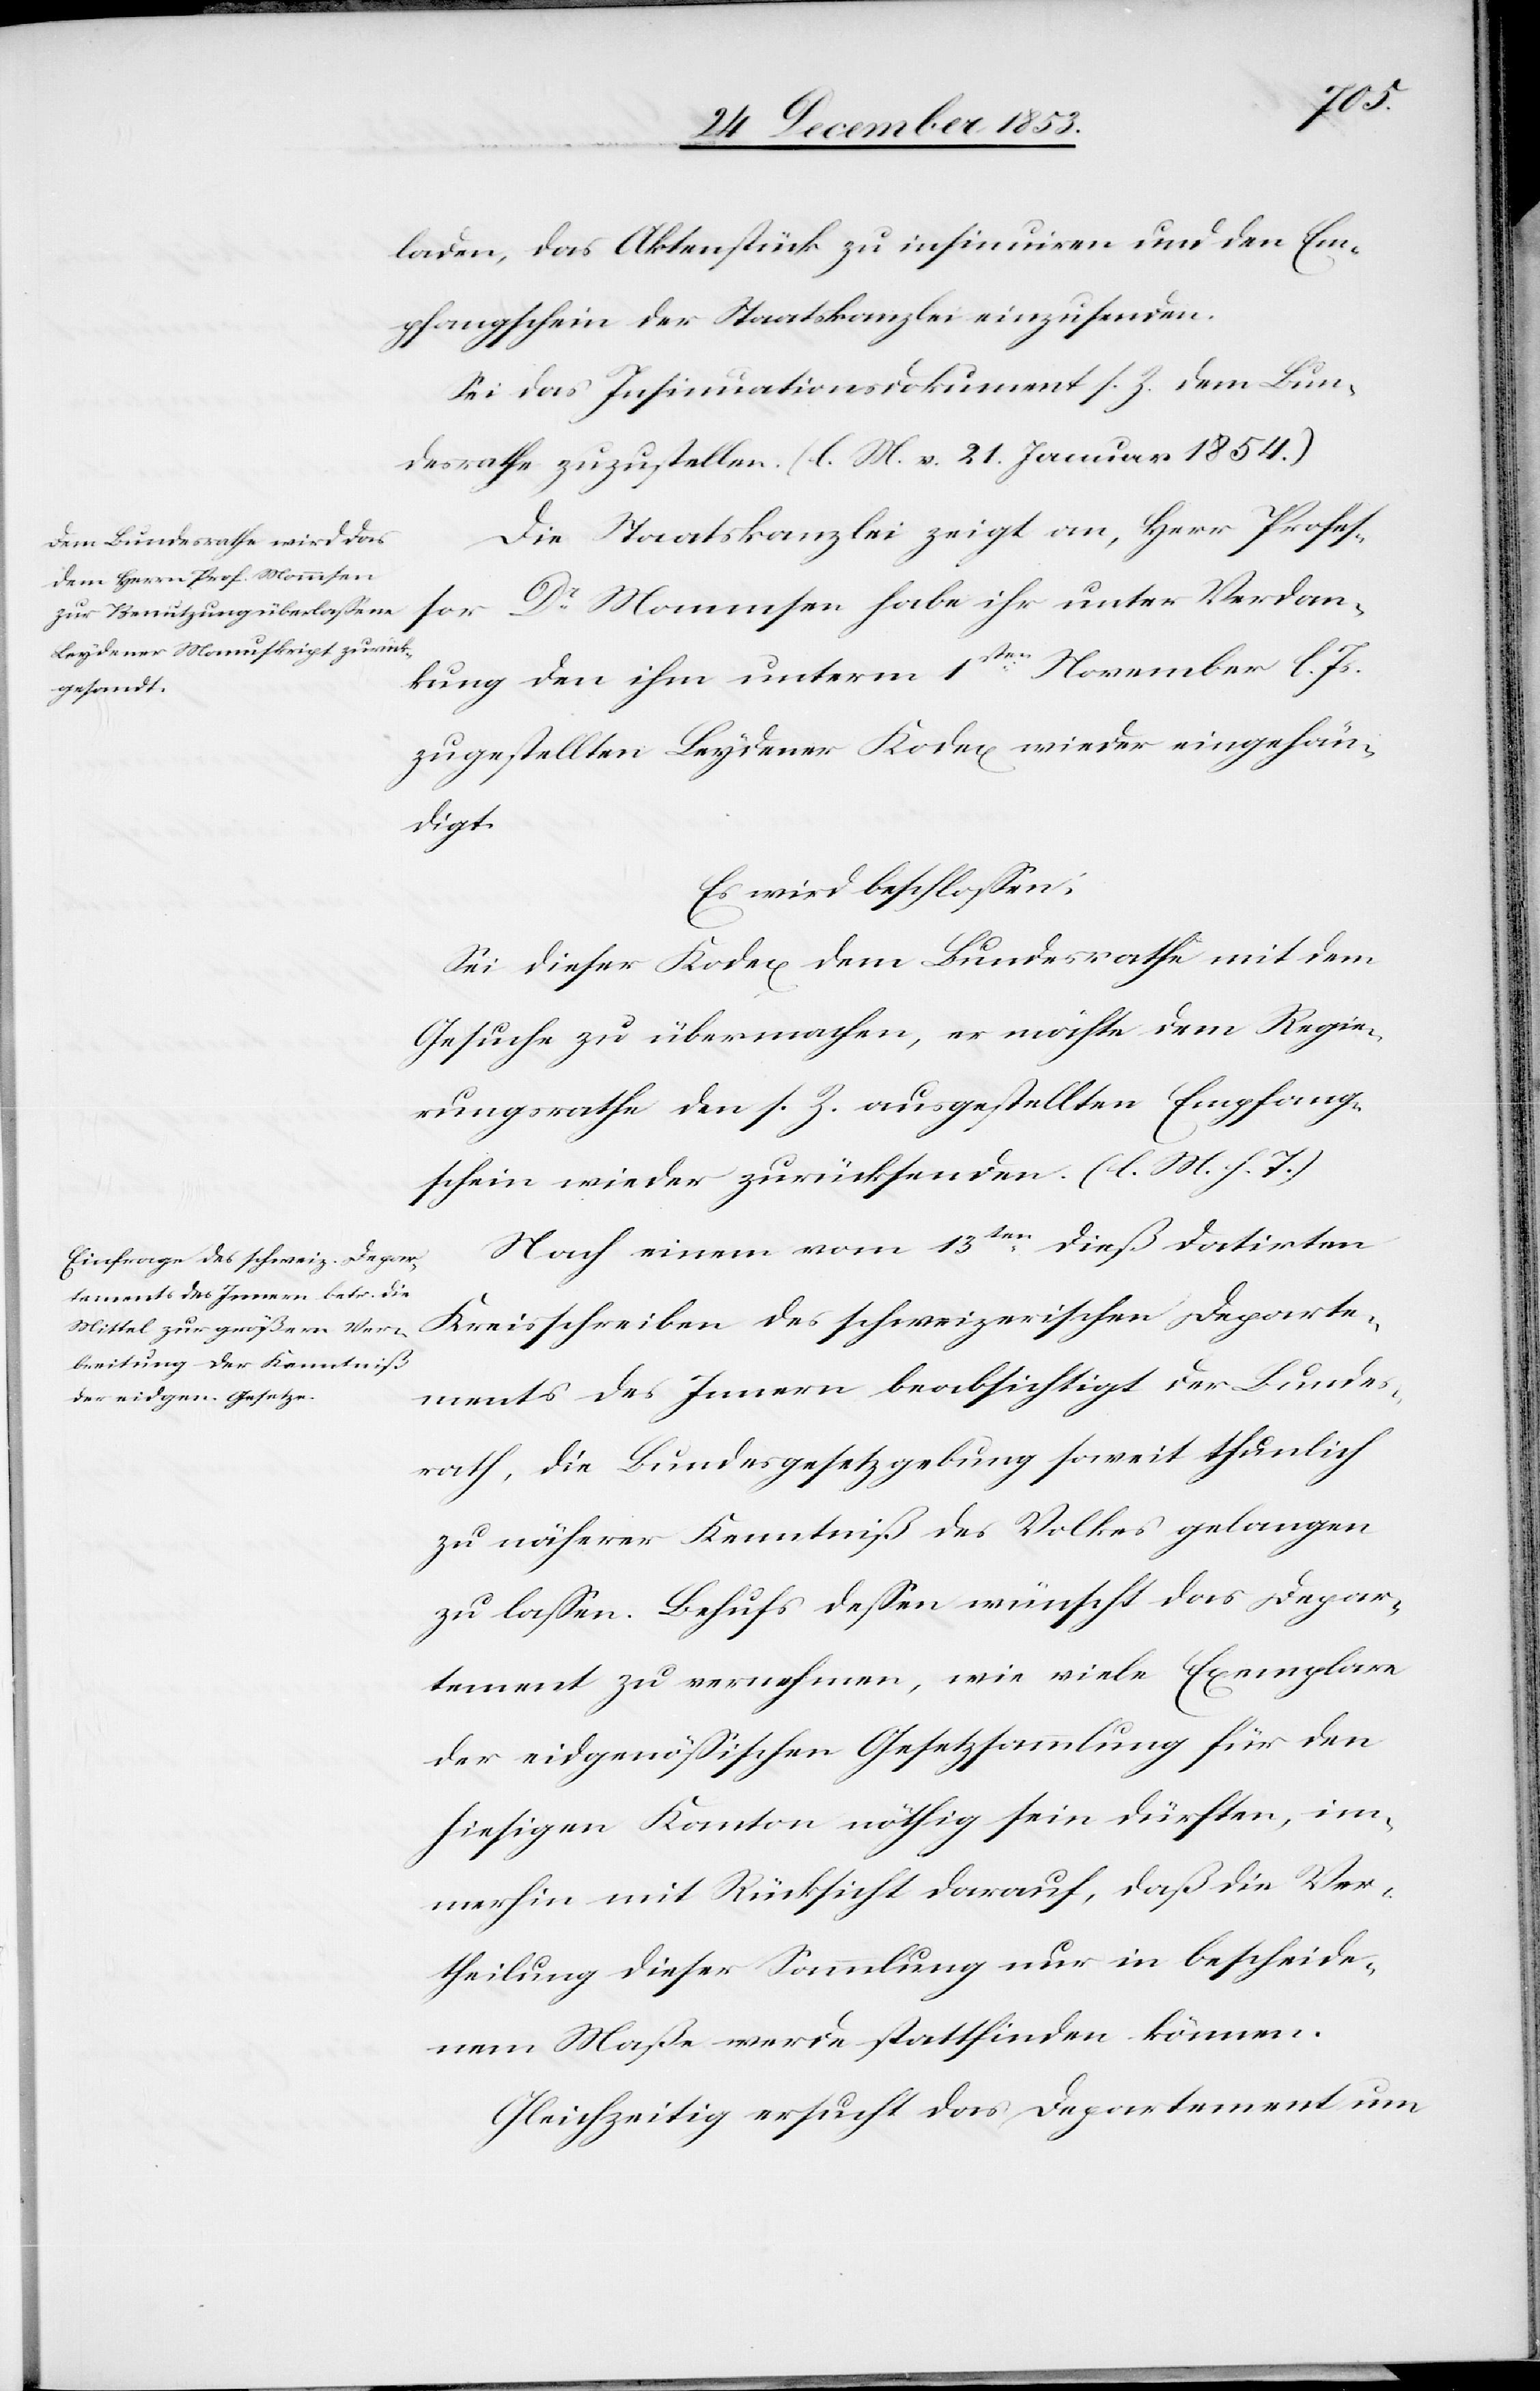
laden, das Aktenstück zu insinuiren und den Em¬
pfangsschein der Staatskanzlei einzusenden.
Sei das Insinuationsdokument s. Z. dem Bun¬
desrathe zuzustellen. [l. M. v. 21 Januar 1854]
Die Staatskanzlei zeigt an, Herr Profeß¬
or Dr Mommsen habe ihr unter Verdan¬
kung den ihm unterm 1sten November l. Js.
zugestellten Leydener Kodex wieder eingehän¬
digt.
Es wird beschloßen:
Sei dieser Kodex dem Bundesrathe mit dem
Gesuche zu übermachen, er möchte dem Regie¬
rungsrathe den s. Z. ausgestellten Empfang¬
sschein wieder zurücksenden. [l. M. h. T]
Nach einem vom 13ten dieß datirten
Kreisschreiben des schweizerischen Departe¬
ments des Innern beabsichtigt der Bundes¬
rath, die Bundesgesetzgebung soweit thunlich
zu näherer Kenntniß des Volkes gelangen
zu laßen. Behufs deßen wünscht das Depar¬
tement zu vernehmen, wie viele Exemplare
der eidgenößischen Gesetzsammlung für den
hiesigen Kanton nöthig sein dürften, im¬
merhin mit Rücksicht darauf, daß die Ver¬
theilung dieser Sammlung nur in bescheide¬
nem Maße werde stattfinden können.
Gleichzeitig ersucht das Departement